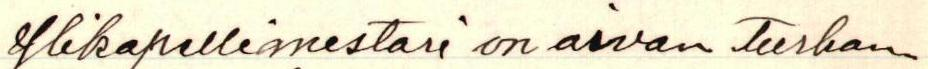
Ylikapellimestari on aivan turhan